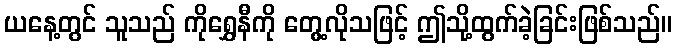
ယနေ့တွင် သူသည် ကိုရွှေနီကို တွေ့လိုသဖြင့် ဤသို့ထွက်ခဲ့ခြင်းဖြစ်သည်။